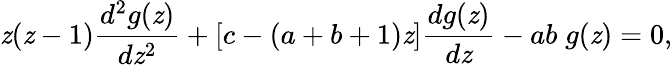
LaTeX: \mathit{z}(\mathit{z}-1)\frac{{d^{2}g(\mathit{z})}}{{d\mathit{z}^{2}}}+[c-(a+b+1)\mathit{z}]\frac{{dg(\mathit{z})}}{{d\mathit{z}}}-ab\; g(\mathit{z})=0,